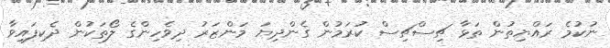
ނުކުމެ ރައްޔިތުން ތަޅާ ޗިސްޗިސް ކުރަމުން ގެންދިޔަ މަންޒަރު ދިވެހިންގެ ލޯތަކުން ދެކިފައިވާ